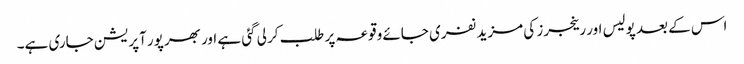
اس کے بعد پولیس اور رینجرز کی مزید نفری جائے وقوعہ پر طلب کر لی گئی ہے اور بھرپور آپریشن جاری ہے۔